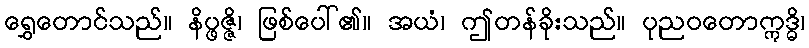
ရွှေတောင်သည်။ နိပ္ဖဇ္ဇိ၊ ဖြစ်ပေါ်၏။ အယံ၊ ဤတန်ခိုးသည်။ ပုညဝတောဣဒ္ဓိ၊